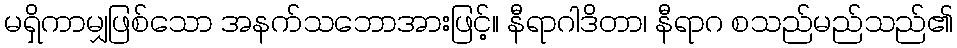
မရှိကာမျှဖြစ်သော အနက်သဘောအားဖြင့်။ နီရာဂါဒိတာ၊ နီရာဂ စသည်မည်သည်၏